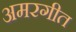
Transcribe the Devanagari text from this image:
अमरगीत